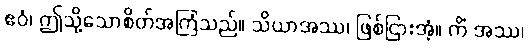
ဧဝံ၊ ဤသို့သောစိတ်အကြံသည်။ သိယာအဿ၊ ဖြစ်ငြားအံ့။ ကိံ အဿ၊